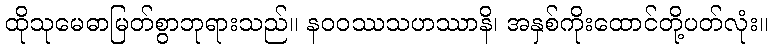
ထိုသုမေဓာမြတ်စွာဘုရားသည်။ နဝဝဿသဟဿာနိ၊ အနှစ်ကိုးထောင်တို့ပတ်လုံး။